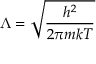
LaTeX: \Lambda = { \sqrt { \frac { h ^ { 2 } } { 2 \pi m k T } } }